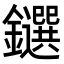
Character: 𨯭